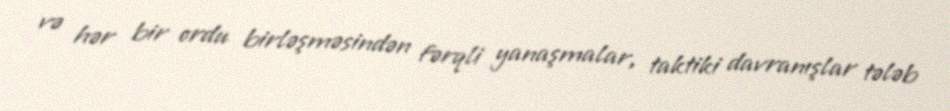
və hər bir ordu birləşməsindən fərqli yanaşmalar, taktiki davranışlar tələb